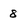
Character: 8